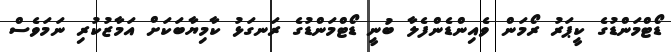
ޑޯޓްމަންޑުގެ ކީޕަރު ރޯމަން ވެއިންޑެންފެލާ ބުނީ ޑޯޓްމަންޑުގެ ރަނގަޅު ކާމިޔާބަކަށް އަމާޒުކުރި ނަމަވެސް